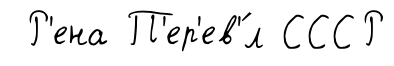
Р'ена П'ер'ев'́л СССР